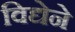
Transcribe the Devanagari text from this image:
विद्येने